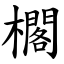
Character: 櫊